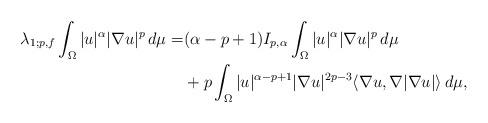
LaTeX: \begin{align*}\lambda_{1;p,f}\int_{\Omega} |u|^{\alpha}|\nabla u|^{p} \,d\mu=&(\alpha-p+1)I_{p,\alpha}\int_{\Omega} |u|^{\alpha}|\nabla u|^{p} \,d\mu\\&+p\int_{\Omega} |u|^{\alpha-p+1}|\nabla u|^{2p-3}\langle\nabla u,\nabla|\nabla u|\rangle\,d\mu,\end{align*}